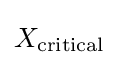
X_{\text{critical}}